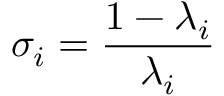
\sigma _ { i } = \frac { 1 - \lambda _ { i } } { \lambda _ { i } }